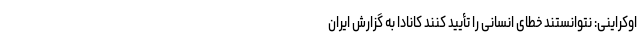
اوکراینی: نتوانستند خطای انسانی را تأیید کنند کانادا به گزارش ایران